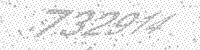
Solution: 732914